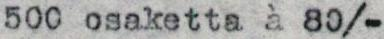
500 osaketta à 80/-